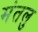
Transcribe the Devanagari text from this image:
मंतलु